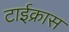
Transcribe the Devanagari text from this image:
टाईक्रास